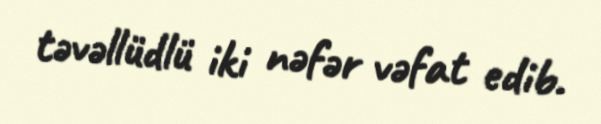
təvəllüdlü iki nəfər vəfat edib.